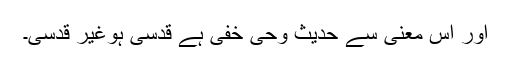
اور اس معنی سے حدیث وحی خفی ہے قدسی ہوغیر قدسی۔